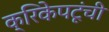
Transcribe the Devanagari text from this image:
क्रिकेपटूंची